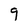
Character: 9